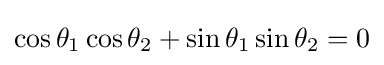
\cos \theta _{1}\cos \theta _{2}+\sin \theta _{1}\sin \theta _{2}=0